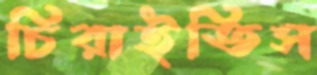
চিরাইতিস